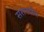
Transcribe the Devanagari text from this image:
सरानदीप